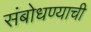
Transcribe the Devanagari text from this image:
संबोधण्याची